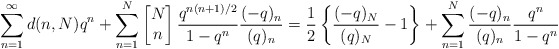
\begin{align*}\sum_{n=1}^{\infty}d(n, N)q^n + \sum_{n=1}^{N} \left[\begin{matrix} N \\ n \end{matrix} \right]\frac{q^{n(n+1)/2}}{1-q^n}\frac{(-q)_n}{(q)_n} = \frac{1}{2} \left\{\frac{(-q)_N}{(q)_N} - 1\right\} + \sum_{n=1}^{N} \frac{(-q)_n}{(q)_n}\frac{q^n}{1-q^n}\end{align*}